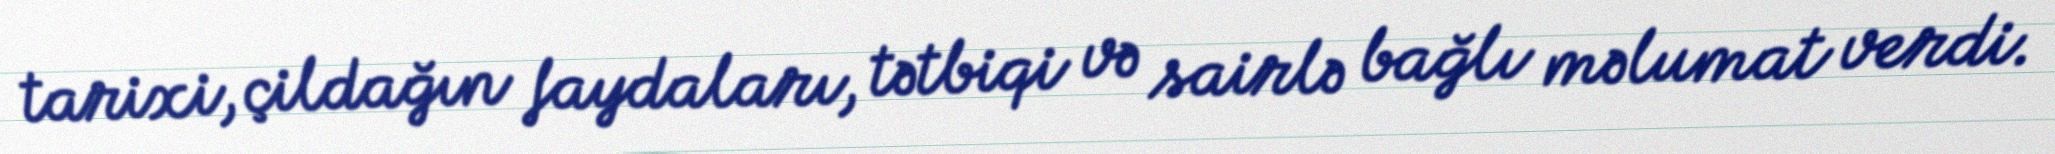
tarixi, çildağın faydaları, tətbiqi və sairlə bağlı məlumat verdi.